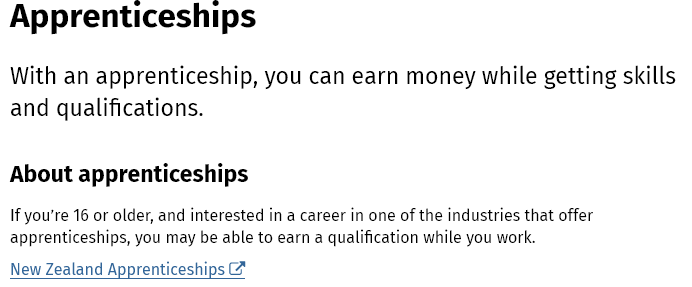
Apprenticeships
  With  an  apprenticeship,    you  can  earn   money  while    getting   skills
  and  qualifications.
  About   apprenticeships
  If you're 16 or older, and interested in a career in one of the industries that offer
  apprenticeships, you may be able to earn a qualification while you work.
  New Zealand Apprenticeships (e